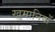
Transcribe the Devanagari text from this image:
खुमानियों